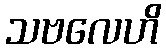
သဗလေဟိ